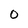
Character: O